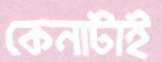
কেনাটাই